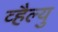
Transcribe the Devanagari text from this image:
व्हैल्यु